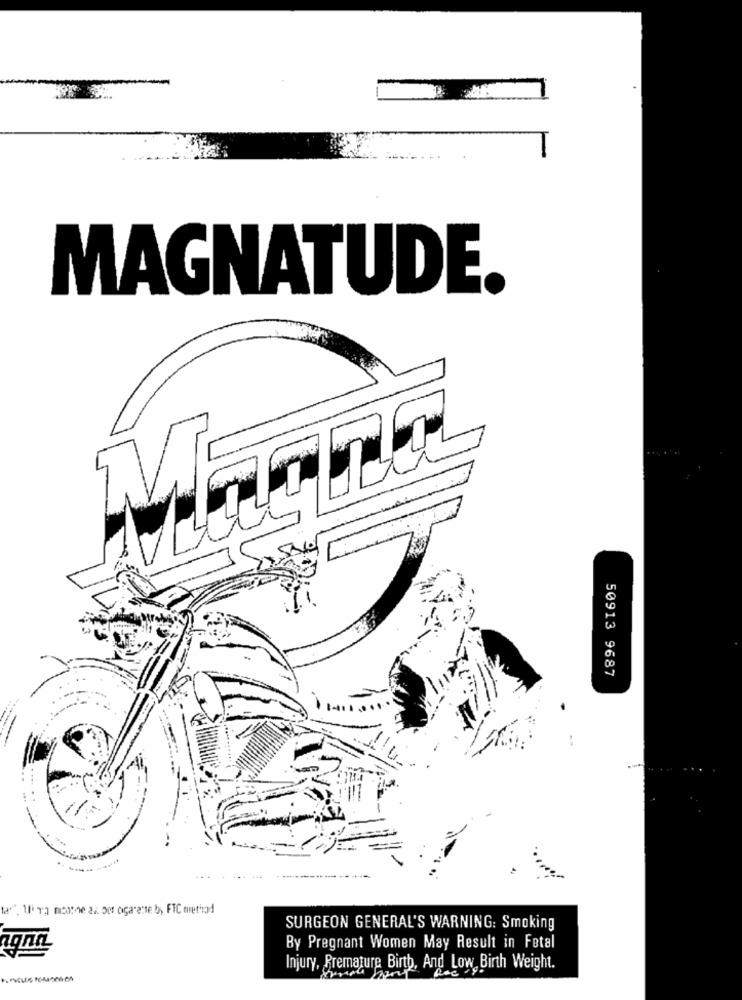
MAGNATUDE.
50913 9687
SURGEON GENERAL'S WARNING: Smoking
ngnn
By Pregnant Women May Result in Fetal
Injury, Premature Birth, And Low Birth Weight.